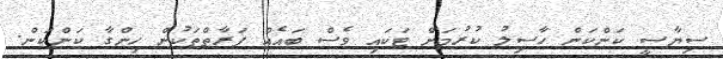
ސިޔާސީ ކަންކަން ހާސިލު ކުރުމަށް ޓަކައި ވެސް ބައެއް ފަރާތްތަކުން ހިންގާ ކަންކަން.